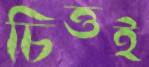
চিত্তই